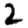
Digit: 2